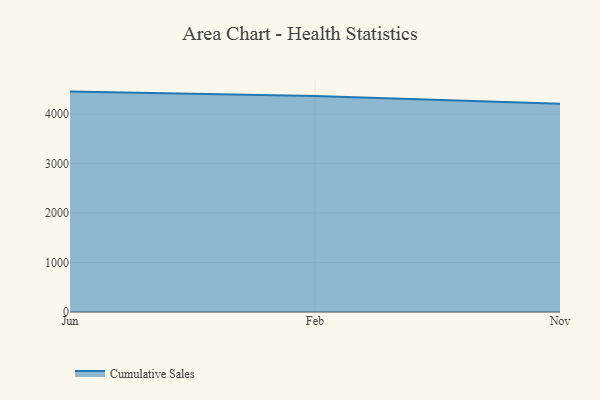
{"axis": {"x": "Month", "y": "Headcount"}, "legend": ["Cumulative Sales"], "data": [{"x": "Jun", "y": 4455.8, "type": "Cumulative Sales"}, {"x": "Feb", "y": 4368.0, "type": "Cumulative Sales"}, {"x": "Nov", "y": 4210.8, "type": "Cumulative Sales"}]}